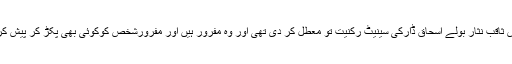
چیف جسٹس ثاقب نثار بولے اسحاق ڈارکی سینیٹ رکنیت تو معطل کر دی تھی اور وہ مفرور ہیں اور مفرورشخص کوکوئی بھی پکڑ کر پیش کر سکتا ہے۔